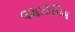
લશાઉનિગ